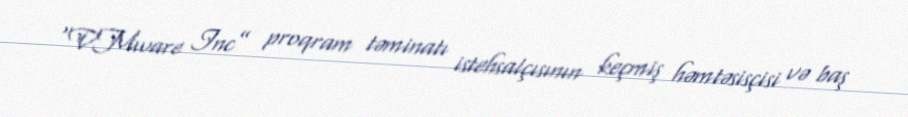
“VMware Inc” proqram təminatı istehsalçısının keçmiş həmtəsisçisi və baş